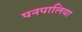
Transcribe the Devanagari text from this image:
पनपालिया